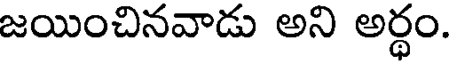
జయించినవాడు అని అర్థం.